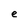
Character: e